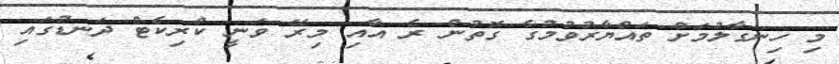
މި ހިނގާލުމަށް ތައްޔާރުވުމުގެ ގޮތުން ރެ އާއި މިރޭ ވަނީ ކްރިކެޓް ދަނޑުގައި